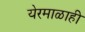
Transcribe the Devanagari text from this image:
येरमाळाही